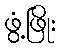
ဖွံ့ဖြိုး